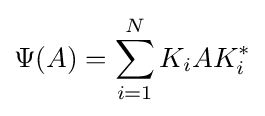
\Psi (A)=\sum _{i=1}^{N}K_{i}AK_{i}^{*}